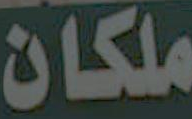
ملكان